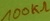
Text: 100KΩ